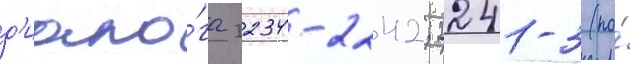
д'иало́га 2234-2242; 2241-3 (по́